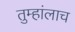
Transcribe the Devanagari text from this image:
तुम्हांलाच